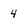
Character: 4